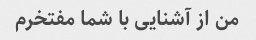
من از آشنایی با شما مفتخرم